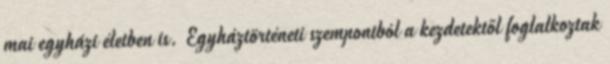
mai egyházi életben is. Egyháztörténeti szempontból a kezdetektől foglalkoztak